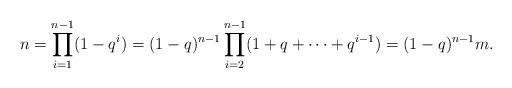
\begin{align*}n = \prod_{i=1}^{n-1} (1 - q^i) = (1-q)^{n-1} \prod_{i=2}^{n-1} (1 + q + \cdots + q^{i-1}) = (1-q)^{n-1} m.\end{align*}